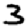
Digit: 3